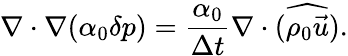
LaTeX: \nabla\cdot\nabla(\alpha_{0}\delta p)=\frac{\alpha_{0}}{\Delta t}\nabla\cdot(\widehat{\rho_{0}\vec{u}}).